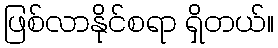
ဖြစ်လာနိုင်စရာ ရှိတယ်။